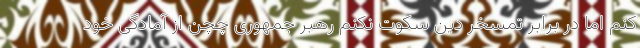
کنم اما در برابر تمسخر دین سکوت نکنم رهبر جمهوری چچن از آمادگی خود